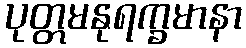
ပုတ္တမနုရက္ခမာနာ